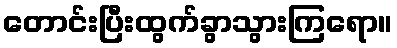
တောင်းပြီးထွက်ခွာသွားကြရော။